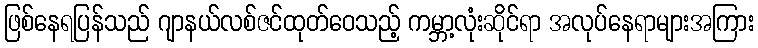
ဖြစ်နေရပြန်သည် ဂျာနယ်လစ်ဇင်ထုတ်ဝေသည့် ကမ္ဘာ့လုံးဆိုင်ရာ အလုပ်နေရာများအကြား